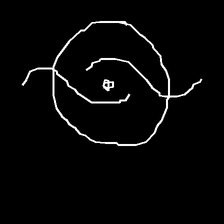
Glyph: repetition